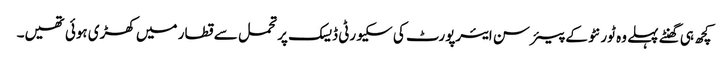
کچھ ہی گھنٹے پہلے وہ ٹورنٹو کے پیئرسن ایئرپورٹ کی سکیورٹی ڈیسک پر تحمل سے قطار میں کھڑی ہوئی تھیں۔